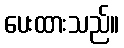
ပေးထားသည်။